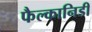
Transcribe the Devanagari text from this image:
फैल्कानिडी